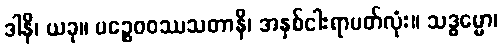
ဒါနိ၊ ယခု။ ပဉ္စေဝဝဿသတာနိ၊ အနှစ်ငါးရာပတ်လုံး။ သဒ္ဓမ္မော၊